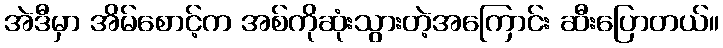
အဲဒီမှာ အိမ်စောင့်က အစ်ကိုဆုံးသွားတဲ့အကြောင်း ဆီးပြောတယ်။